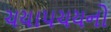
ચયાપચયનો